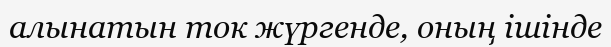
алынатын ток жүргенде, оның ішінде